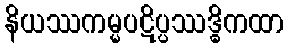
နိယဿကမ္မပဋိပ္ပဿဒ္ဓိကထာ